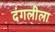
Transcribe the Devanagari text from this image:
दंगलीला